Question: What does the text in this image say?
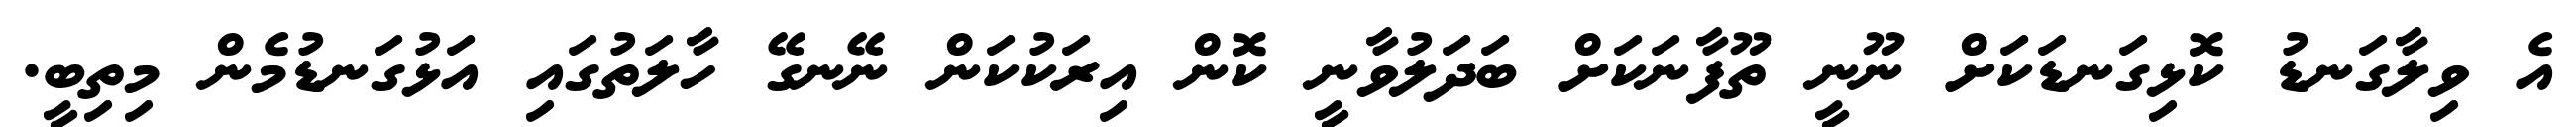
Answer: އެ ވިލާގަނޑު ކޮޅިގަނޑަކަށް ނޫނީ ތޫފާނަކަށް ބަދަލުވާނީ ކޮން އިރަކުކަން ނޭނގޭ ހާލަތުގައި އަޅުގަނޑުމެން މިތިބީ.